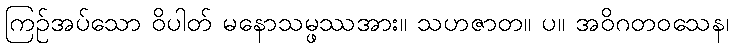
ကြဉ်အပ်သော ဝိပါတ် မနောသမ္ဖဿအား။ သဟဇာတ။ ပ။ အဝိဂတဝသေန၊